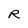
Character: R